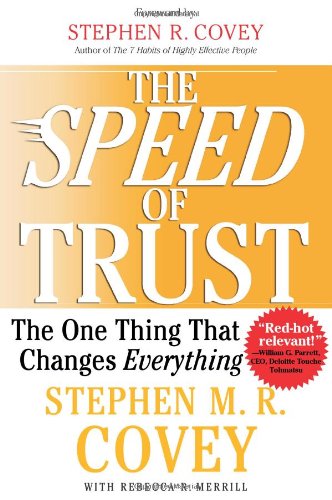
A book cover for The SPEED of Trust: The One Thing that Changes Everything; Stephen M.R. Covey; Business & Money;